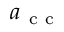
a _ { \mathrm { ~ c ~ c ~ } }